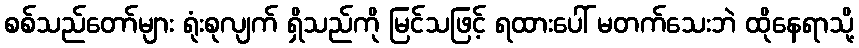
စစ်သည်တော်များ ရုံးစုလျက် ရှိသည်ကို မြင်သဖြင့် ရထားပေါ် မတက်သေးဘဲ ထိုနေရာသို့